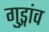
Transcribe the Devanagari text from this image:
गुड्गांव